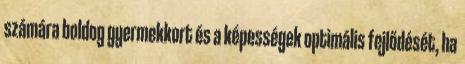
számára boldog gyermekkort és a képességek optimális fejlődését, ha